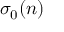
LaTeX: \sigma _ { 0 } ( n )